Morphology and life history of Herpetomonas culicis, Novy, MacNeal and Torrey - Number 57
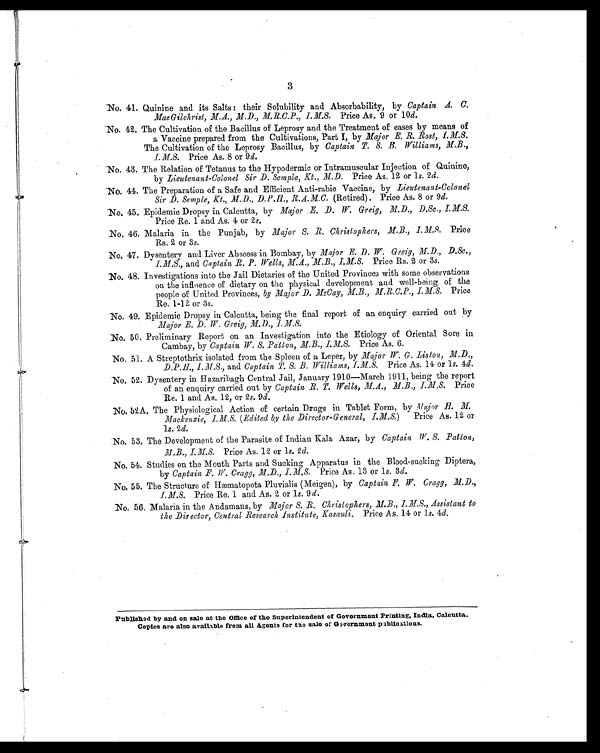
3
No. 41. Quinine and its Salts : their Solubility and Absorbability, by Captain A. C.
MacGilchrist, M.A., M.D., M.R.C.P., I.M.S. Price As. 9 or 10 d.
No. 42. The Cultivation of the Bacillus of Leprosy and the Treatment of cases by means of
a Vaccine prepared from the Cultivations, Part I, by Major E. R. Rost, I.M.S.
The Cultivation of the Leprosy Bacillus, by Captain T. S. B. Williams, M.B.,
Price As. 8 or 9 d.
No. 43. The Relation of Tetanus to the Hypodermic or Intramuscular Injection of Quinine,
by Lieutenant-Colonel Sir D. Semple, Kt., M.D. Price As. 12 or l s. 2d.
No. 44. The Preparation of a Safe and Efficient Anti-rabic Vaccine, by Lieutenant-Colonel
Sir D. Semple, Kt., M.D., D. P.H., R.A.M.C. (Retired). Price As. 8 or 9 d.
No. 45. Epidemic Dropsy in Calcutta, by Major E. D. W. Greig, M.D., D.Sc., I.M.S.
Price Re. 1 and As. 4 or 2s.
No. 46. Malaria in the Punjab, by Major S. R. Christophers, M.B., I.M.S. Price
Rs.. 2 or 3 s.
No. 47. Dysentery and Liver Abscess in Bombay, by Major E. D. W. Greig, M.D., D.Sc.,
I.M.S., and Captain R. P. Wells, M.A., M.B., I.M.S. Price Rs. 2 or 3s.
No. 48. Investigations into the Jail Dietaries of the United Provinces with some observations
on the inflnence of dietary on the physical development and well-being of the
people of United Provinces, by Major D. McCay, M.B., M.R.C.P., I.M.S. Price
Re. 1-12 or 3 s.
No. 49. Epidemic Dropsy in Calcutta, being the final report of an enquiry carried out by
Major E. D. W. Greig, M.D., I.M.S.
No. 50. Preliminary Report on an Investigation into the Etiology of Oriental Sore in
Cambay, by Captain W. S. Patton, M.B., I.M.S. Price As. 6.
No. 51. A Streptothrix isolated from the Spleen of a Leper, by Major W. G. Liston, M.D.
D.P.H, I.M.S., and Captain T. S. B. Williams, I.M.S. Price As. 14 or 1s. 4d.
No. 52. Dysentery in Hazaribagh Central Jail, January 1910—March 1911, being the report
of an enquiry carried out by Captain R. T. Wells, M.A., M.B., I.M.S. Price
Re. 1 and As. 12, or 2s. 9 d.
No. 52A. The Physiological Action of certain Drugs in Tablet Form, by .Major H. M
Mackenzie, I.M.S. (Edited by the Director-General, I.M.S.) Price As. 12 or
1s. 2d.
No. 53. The Development of the Parasite of Indian Kala Azar, by Captain W. S. Patton,
M.B., I.M.S. Price As. 12 or 1s. 2 d.
No. 54. Studies on the Mouth Parts and Sucking Apparatus in the Blood-sucking Diptera,
by Captain F.W.Cragg, M.D., I.M.S. Price As. 13 or 1 s. 3d.
No. 55. The Structure of Hæmatopota Pluvialis (Meigen), by Captain F. W. Cragg, M. D.,
I. M.S. Price Re. 1 and As. 2 or 1s. 9 d .
No. 56. Malaria in the Andamans, by Major S. R. Christophers, M.B., I.M.S., Assistant to
the Director, Central Research Institute, Kasauli. Price As. 14 or 1s. 4d.
Published by and on sale at the Office of the Superintendent of Government Printing, India, Calcutta.
Copies are also available from all Agents for the sale of Government publications.